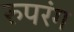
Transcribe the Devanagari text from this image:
रुपरंग